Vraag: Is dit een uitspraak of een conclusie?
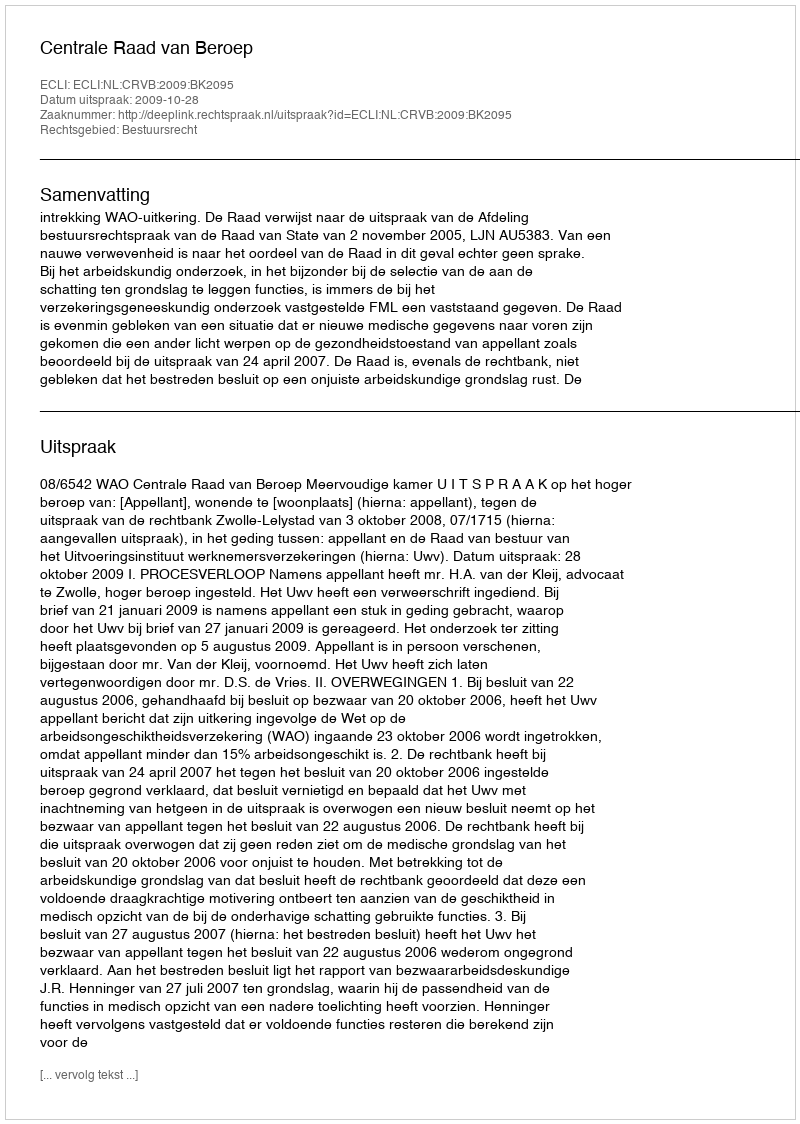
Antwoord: Uitspraak